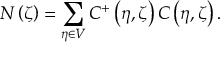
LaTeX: N \left( \zeta \right) = \sum _ { \eta \in V } C ^ { + } \left( \eta , \zeta \right) C \left( \eta , \zeta \right) .